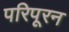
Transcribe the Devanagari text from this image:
परिपूरन